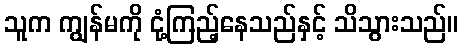
သူက ကျွန်မကို ငုံ့ကြည့်နေသည်နှင့် သိသွားသည်။